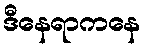
ဒီနေရာကနေ